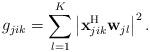
LaTeX: \begin{align*}g_{jik} = \sum_{l=1}^K \left| \mathbf{x}_{jik}^{\mathrm{H}} \mathbf{w}_{jl} \right|^2.\end{align*}